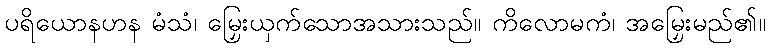
ပရိယောနဟန မံသံ၊ မြှေးယှက်သောအသားသည်။ ကိလောမကံ၊ အမြှေးမည်၏။